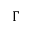
\Gamma